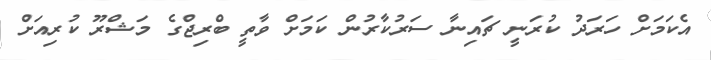
އެކަމަށް ހަރަދު ކުރަނީ ޗައިނާ ސަރުކާރުން ކަމަށް ވާތީ ބްރިޖްގެ މަޝްރޫ ކުރިއަށް